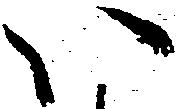
い